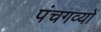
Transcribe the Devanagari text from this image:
पंचगव्यों